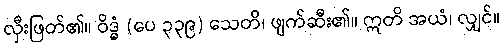
လှီးဖြတ်၏။ ဝိဒ္ဓံ (ပေ ၃၃၉) သေတိ၊ ဖျက်ဆီး၏။ ဣတိ အယံ၊ လျှင်။